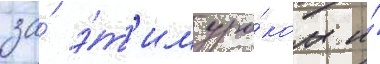
за́ э́т'им уро́ком и́